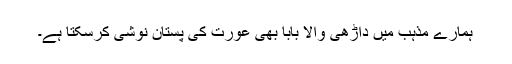
ہمارے مذہب ميں داڑھی والا بابا بھی عورت کی پستان نوشی کرسکتا ہے۔